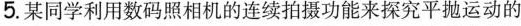
5.某同学利用数码照相机的连续拍摄功能来探究平抛运动的